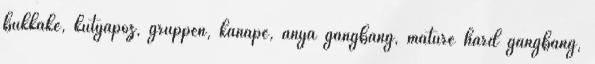
bukkake, kutyapóz, gruppen, kanape, anya gangbang, mature hard gangbang,